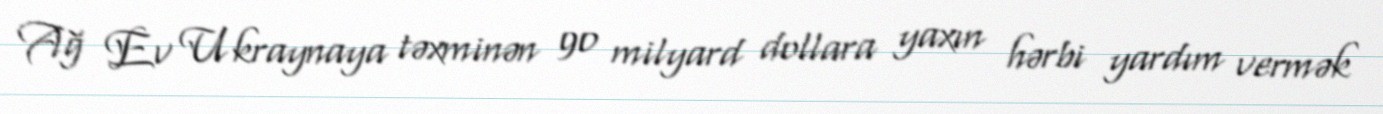
Ağ Ev Ukraynaya təxminən 90 milyard dollara yaxın hərbi yardım vermək